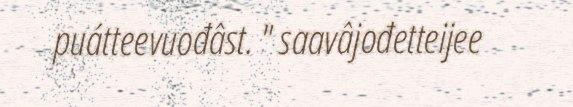
puátteevuođâst. " saavâjođetteijee